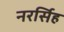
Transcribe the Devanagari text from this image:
नरर्सिह